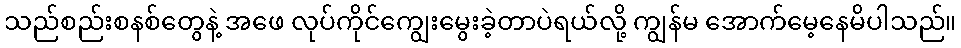
သည်စည်းစနစ်တွေနဲ့ အဖေ လုပ်ကိုင်ကျွေးမွေးခဲ့တာပဲရယ်လို့ ကျွန်မ အောက်မေ့နေမိပါသည်။